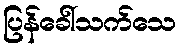
ပြန်ခေါ်သက်သေ